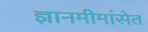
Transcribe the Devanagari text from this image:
ज्ञानमीमांसेत